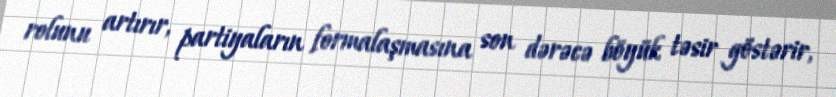
rolunu artırır, partiyaların formalaşmasına son dərəcə böyük təsir göstərir,